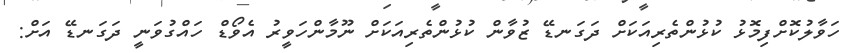
ހަވާލުކޮށްފިމޮޅު ކުޅުންތެރިއަކަށް ދަގަނޑޭ ޒުވާން ކުޅުންތެރިއަކަށް ނޫމާންހަވީރު އެވޯޑް ހައްގުވަނީ ދަގަނޑޭ އަށް: